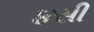
૪સી